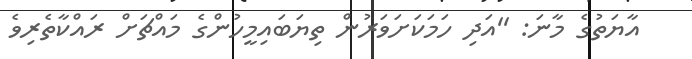
އާޔަތުގެ މާނަ: ''އަދި ހަމަކަށަވަރުން ތިޔަބައިމީހުންގެ މައްޗަށް ރައްކާތެރިވެ